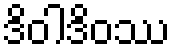
ဒိဝါဒိဝဿ